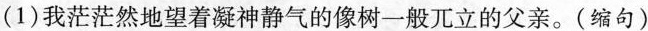
(1)我茫茫然地望着凝神静气的像树一般兀立的父亲。(缩句)